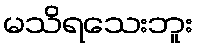
မသိရသေးဘူး